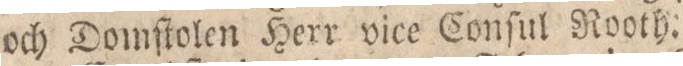
och Domſtolen Herr vice Conſul Rooth.